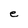
Character: e